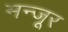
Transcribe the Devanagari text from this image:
मन्जूर